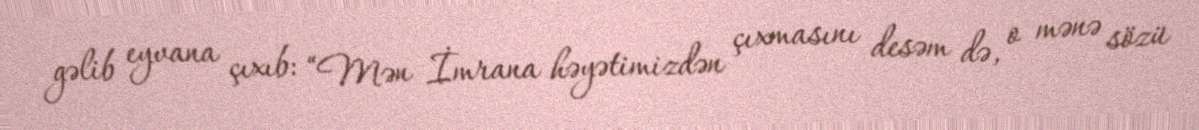
gəlib eyvana çıxıb: “Mən İmrana həyətimizdən çıxmasını desəm də, o mənə sözü